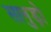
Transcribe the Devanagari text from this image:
सानुड़ो